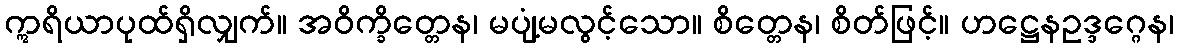
ဣရိယာပုထ်ရှိလျှက်။ အဝိက္ခိတ္တေန၊ မပျံ့မလွင့်သော။ စိတ္တေန၊ စိတ်ဖြင့်။ ဟဋ္ဌေနဥဒ္ဒဂ္ဂေန၊